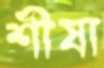
শীষা